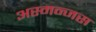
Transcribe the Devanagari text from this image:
अस्मन्जस